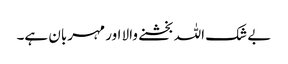
بے شک اللہ بخشنے والا اور مہربان ہے۔